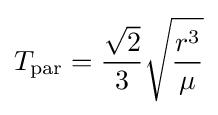
T_{\text{par}}={\frac {\sqrt {2}}{3}}{\sqrt {r^{3} \over {\mu }}}